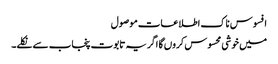
افسوس ناک اطلاعات موصول
میں خوشی محسوس کروں گا اگر یہ تابوت پنجاب سے نکلے۔